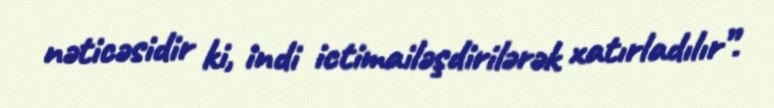
nəticəsidir ki, indi ictimailəşdirilərək xatırladılır”.